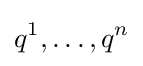
q^{1},\ldots ,q^{n}